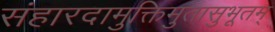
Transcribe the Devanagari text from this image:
संहारदामुक्तिमुतासुभूतम्